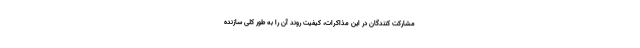
مشارکت کنندگان در این مذاکرات، کیفیت روند آن را به طور کلی سازنده